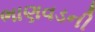
ભાણવડની